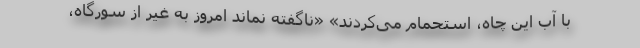
با آب این چاه، استحمام می‌کردند» «ناگفته نماند امروز به غیر از سورگاه،